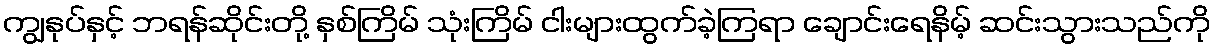
ကျွနုပ်နှင့် ဘရန်ဆိုင်းတို့ နှစ်ကြိမ် သုံးကြိမ် ငါးများထွက်ခဲ့ကြရာ ချောင်းရေနိမ့် ဆင်းသွားသည်ကို